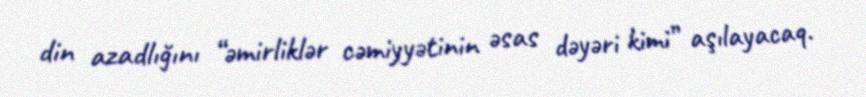
din azadlığını “əmirliklər cəmiyyətinin əsas dəyəri kimi” aşılayacaq.